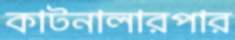
কাটনালারপার